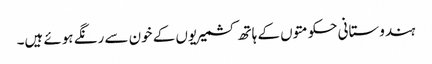
ہندوستانی حکومتوں کے ہاتھ کشمیریوں کے خون سے رنگے ہوئے ہیں۔